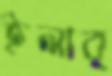
ইলার